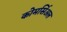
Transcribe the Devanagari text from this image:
कोमर्सिअल